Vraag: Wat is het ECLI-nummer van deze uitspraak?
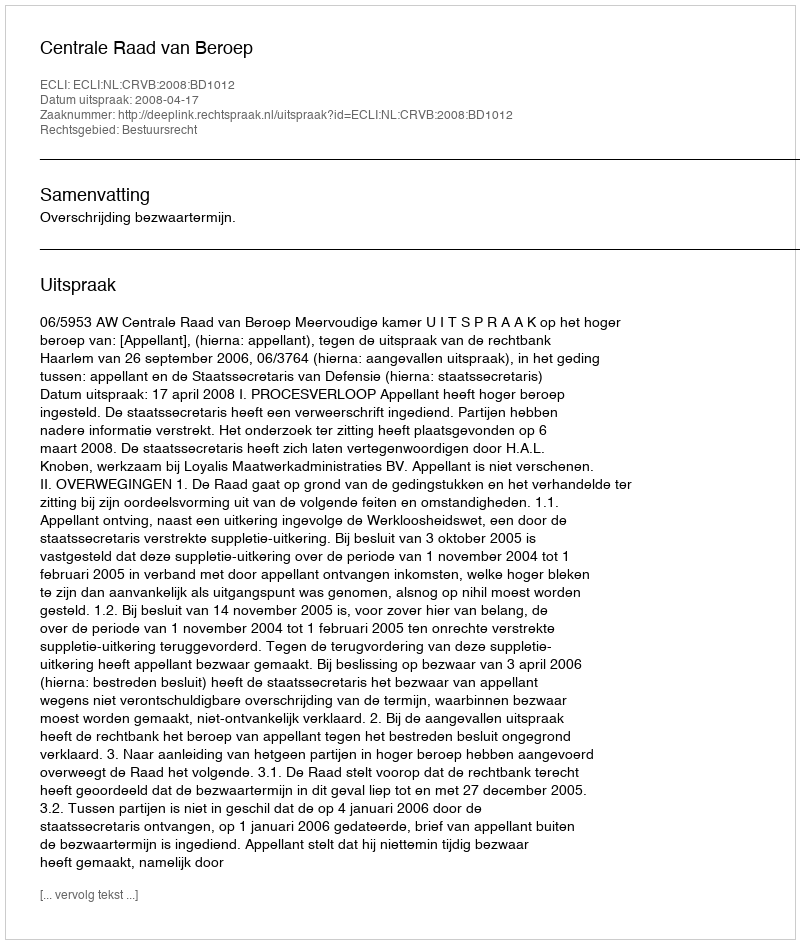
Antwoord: ECLI:NL:CRVB:2008:BD1012